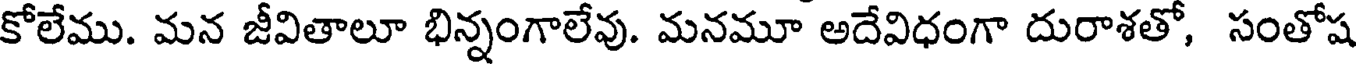
కోలేము. మన జీవితాలూ భిన్నంగాలేవు. మనమూ అదేవిధంగా దురాశతో, సంతోష